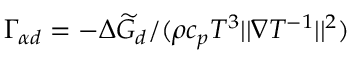
\Gamma _ { \alpha d } = - \Delta \widetilde { G } _ { d } / ( \rho c _ { p } T ^ { 3 } | | \nabla T ^ { - 1 } | | ^ { 2 } )